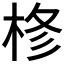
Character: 𭪊